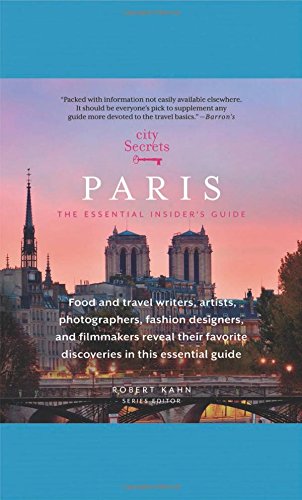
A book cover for City Secrets Paris: The Essential Insider's Guide; Travel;